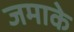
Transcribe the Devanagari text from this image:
जमाके